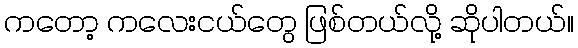
ကတော့ ကလေးငယ်တွေ ဖြစ်တယ်လို့ ဆိုပါတယ်။